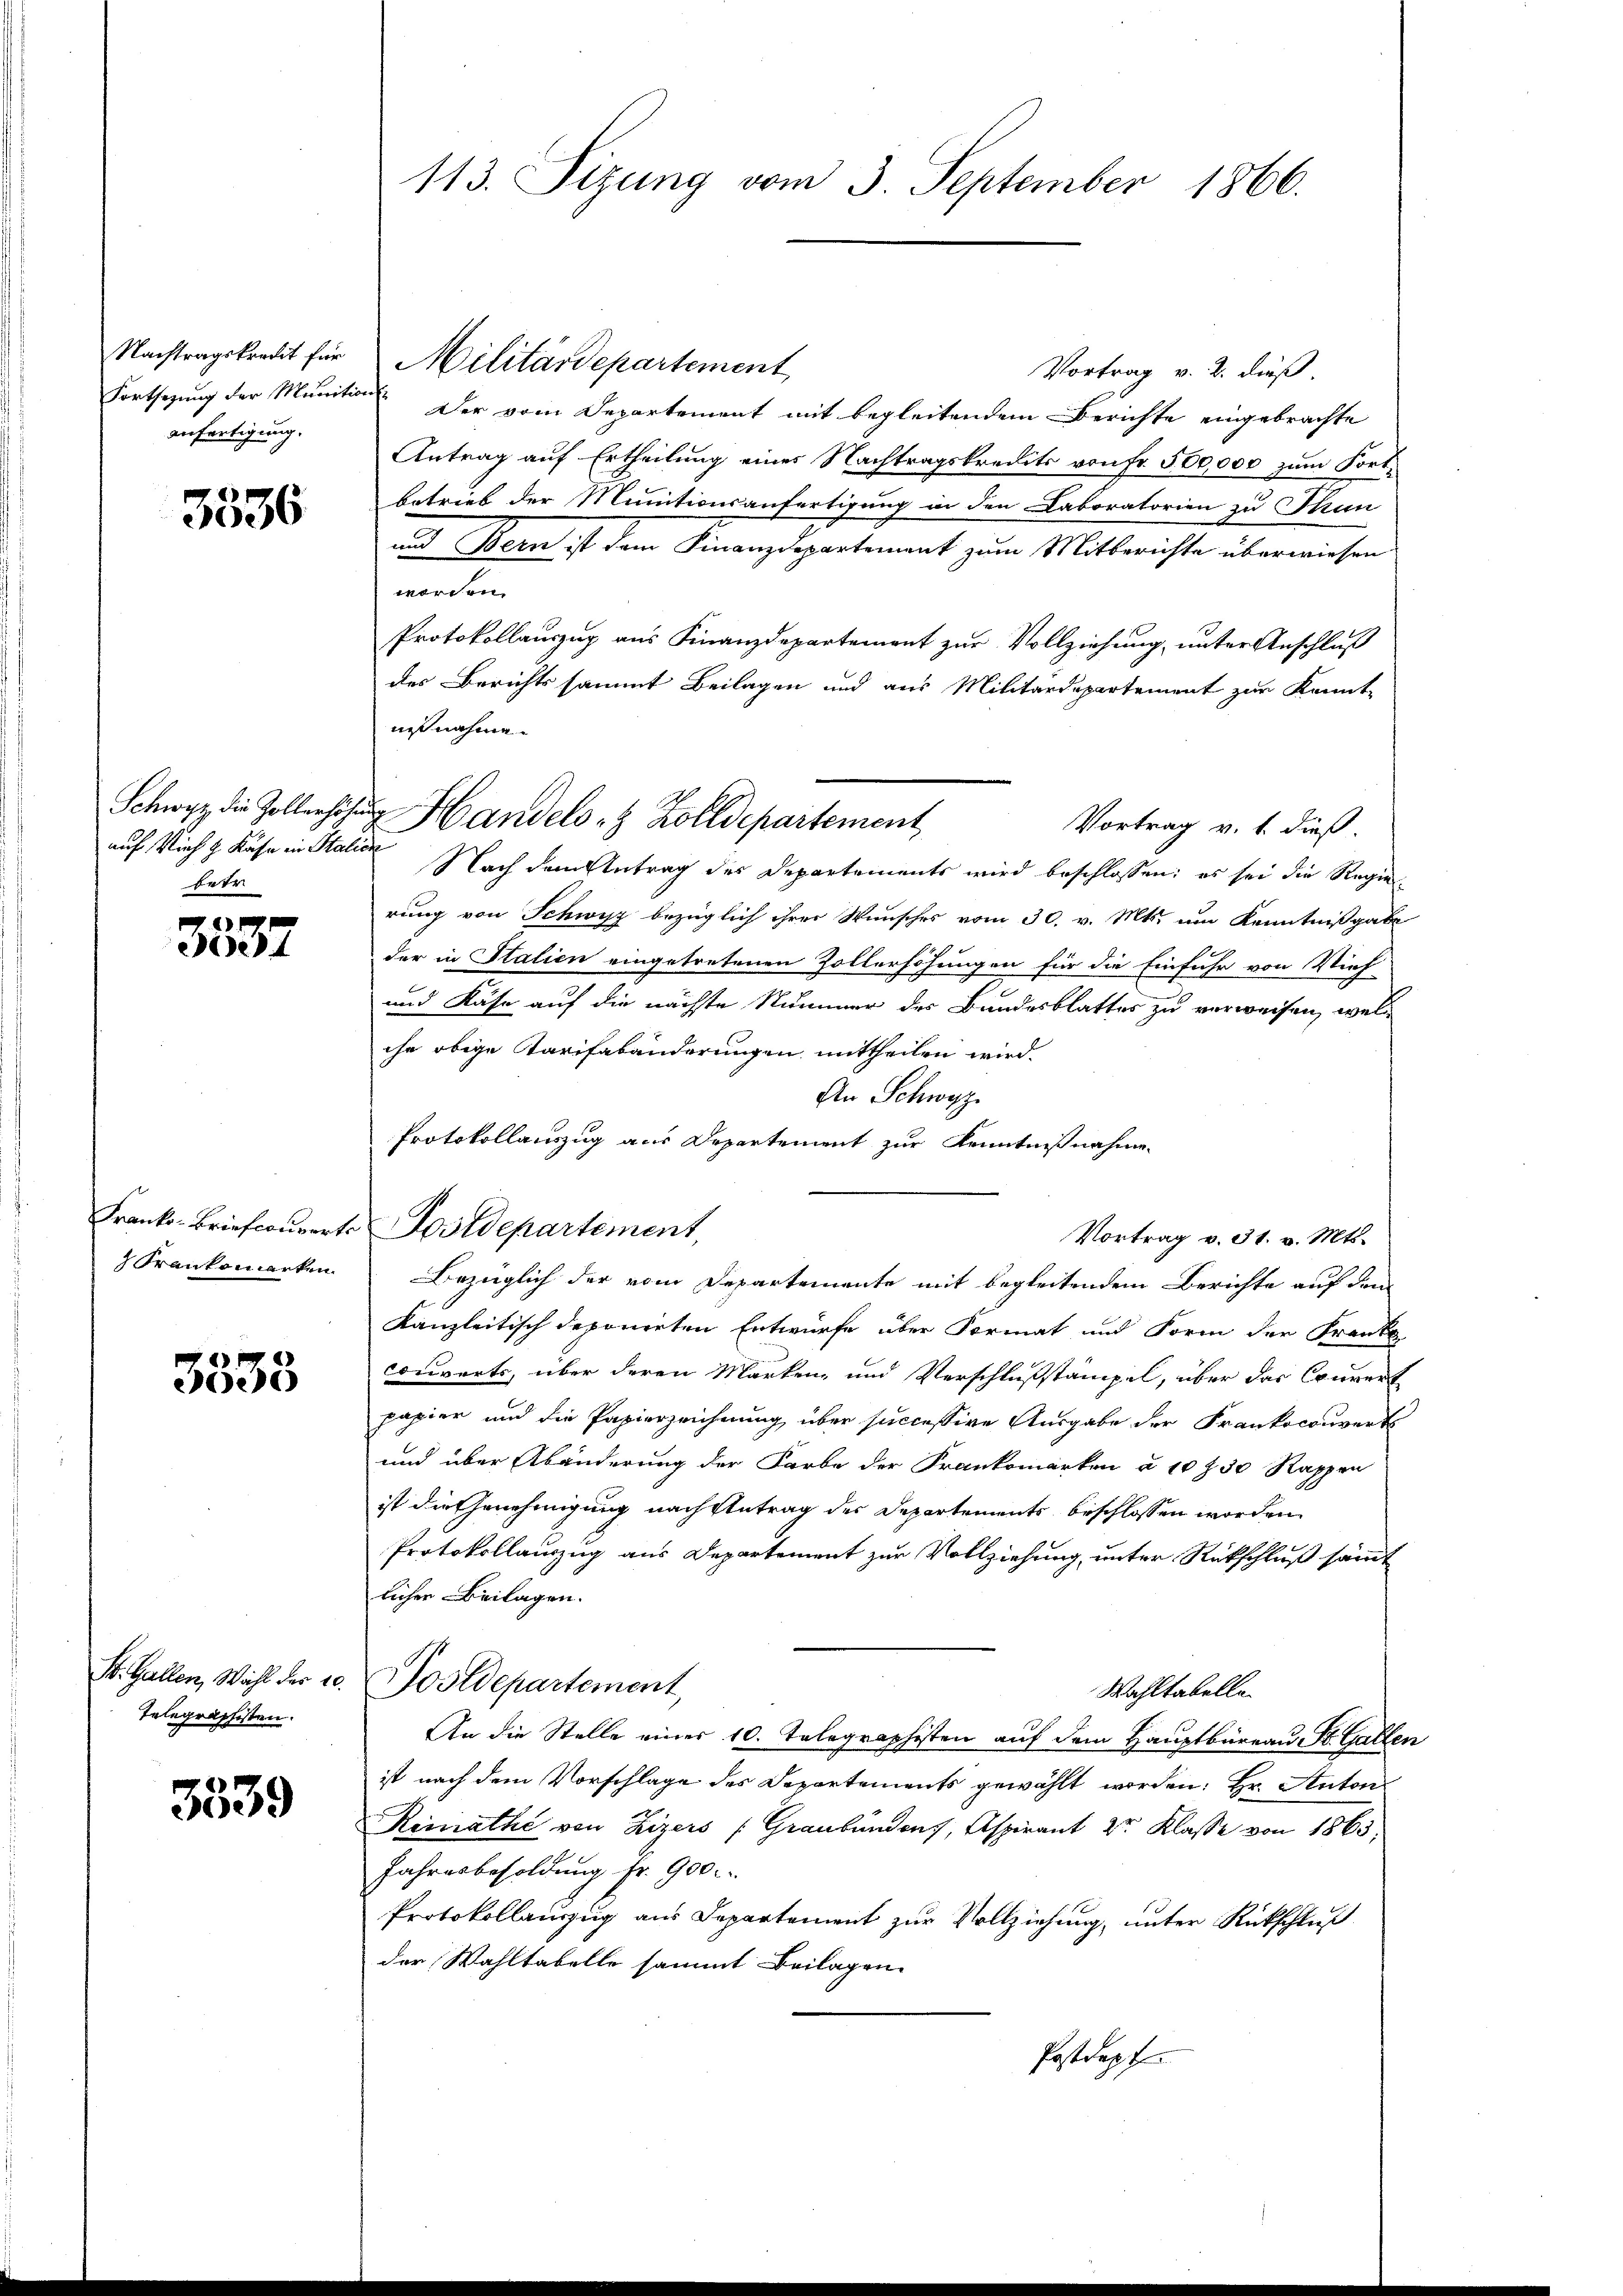
Nachtragskredit für
anfertigung.

3536

betr

3537

Frank- Briefcouverts
Krankomanten.

3538

St. Gallen, Wahl der 10.
Telegraphisten.

3539

Militärdepartement
Vortrag v. 2. dieß.
Fortsetzung der Munition. Der vom Departement mit begleitendem Berichte eingebrachte
Antrag auf Ertheilung eines Nachtragskredits von Fr. 500,000 zum Fortbetrieb der Munitionsanfertigung in den Laboratorien zu Thun
und Bern ist dem Finanzdepartement zum Mitberichte überwiesen
worden.
Protokollauszug aus Finanzdepartement zur Vollziehung, unter Anschluß
des Berichtssammt Beilagen und aus Militärdepartement zur Kannt
ust nahme.
Vortrag v. 1. dieß.
auf Vieh z Käse ein Station Nach dem Antrag des Departements wird beschlossen: es sei die Regierung von Schwyz bezüglich ihrer Wunsches vom 30. v. Mts. um Kenntnißgabe
der in Stalien eingetretenen Zollerhöhungen für die Einfuhr von Vieh
und Käse auf die nächste Nummer des Bundesblattes zu verweisen, welc
che obige Tarifabänderungen mittheilen wird.
An Schwyz
Protokollauszug aus Departement zur Kenntnißnahme
Postdepartement,
Vortrag v. 31. v. Mts.
Bezüglich der vom Departemente mit begleitendem Berichte auf dem
Kanzleitisch deponirten Entwürfe über Format und Form der Franke
couverts, über deren Marken- und Verschlußstämpel, über das Couvert
papier und die Papierzeichnung über successive Ausgabe der Frankoconvert
und über Abänderung der Farbe der Frankomarken à 10 f 30 Rappen
ist die Genehmigung nach Antrag des Departements beschlossen worden.
Protokollauszug aus Departement zur Vollziehung, unter Rückschluß sämmt
licher Beilagen.
Postdepartement,
Wahltabelle.
An die Stelle einer 10. Telegraphisten auf dem Hauptbüreau, St. Gallen
ist nach dem Vorschlage des Departements gewählt worden: Hr. Anton
Reinathe von Zizers (Graubünden, Aspirant 2r Klasse von 1865.
Jahresbesoldung Fr. 900.
Protokollauszug aus Departement zur Vollziehung, unter Rückschluß
der Wahltabelle sammt Beilagen.
Postdep

113. Sizung vom 3. September 1866.

Schwyz die Zollerhöhŭng Handels- & Zolldepartement